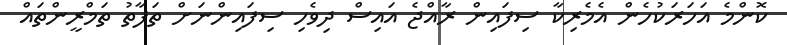
ކޮންމެ އަހަރަކުހެން އެމެރިކާ ސިފައިން ރާއްޖެ އައިސް ދިވެހި ސިފައިންނަށް ތަފާތު ތަމްރީންތައް